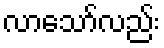
လာသော်လည်း